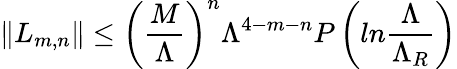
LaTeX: \| L_{m,n}\| \leq\left({\frac{M}{\Lambda}}\right)^{n}\Lambda^{4-m-n}P\left(ln{\frac{\Lambda}{\Lambda_{R}}}\right)